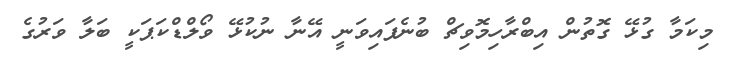
މިކަމާ ގުޅޭ ގޮތުން އިބްރާހިމޮވިޗް ބުނެފައިވަނީ އޭނާ ނުކުޅޭ ވޯލްޑްކަޕަކީ ބަލާ ވަރުގެ